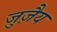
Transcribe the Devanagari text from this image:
जुज़ैय